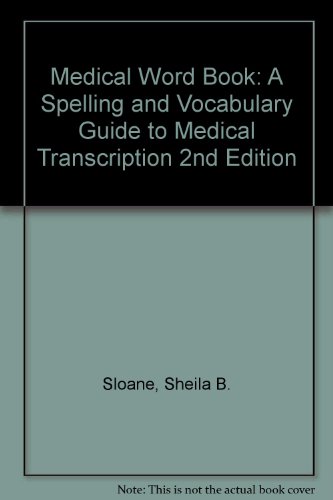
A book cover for Medical Word Book: A Spelling and Vocabulary Guide to Medical Transcription 2nd Edition; Sheila B. Sloane; Medical Books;